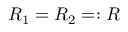
R _ { 1 } = R _ { 2 } = : R